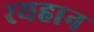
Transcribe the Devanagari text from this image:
रयहान